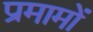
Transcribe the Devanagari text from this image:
प्रमामों